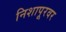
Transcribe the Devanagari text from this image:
निशापूरवर